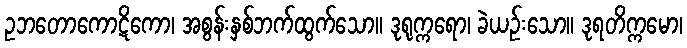
ဥဘတောကောဋိကော၊ အစွန်းနှစ်ဘက်ထွက်သော။ ဒုရုက္ကရော၊ ခဲယဉ်းသော။ ဒုရတိက္ကမော၊